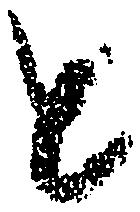
と